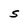
Character: s